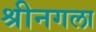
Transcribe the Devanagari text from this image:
श्रीनगला